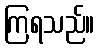
ကြရသည်။